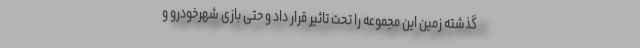
گذشته زمین این مجموعه را تحت تاثیر قرار داد و حتی بازی شهرخودرو و